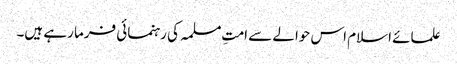
علمائے اسلام اس حوالے سے امتِ مسلمہ کی رہنمائی فرما رہے ہیں۔